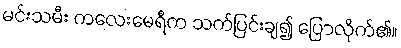
မင်းသမီး ကလေးမေရီက သက်ပြင်းချ၍ ပြောလိုက်၏။